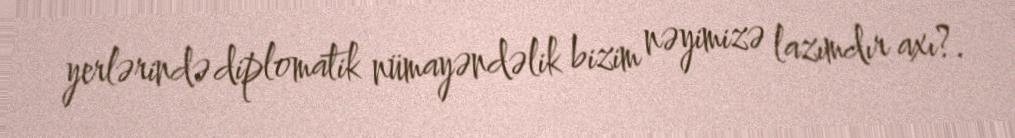
yerlərində diplomatik nümayəndəlik bizim nəyimizə lazımdır axı?.